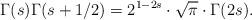
LaTeX: \begin{align*}\Gamma(s)\Gamma(s+1/2)=2^{1-2s}\cdot\sqrt{\pi}\cdot\Gamma(2s).\end{align*}